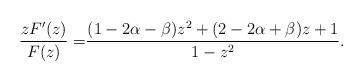
LaTeX: \begin{align*}\dfrac{zF'(z)}{F(z)}=& \dfrac{(1-2\alpha-\beta)z^2+(2-2\alpha+\beta)z+1}{1-z^2}.\end{align*}